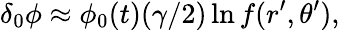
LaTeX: \delta_{0}\phi\approx\phi_{0}(t)(\gamma/2)\ln f(r^{\prime},\theta^{\prime}),